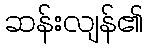
ဆန်းလျန်၏